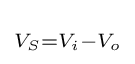
\scriptstyle V_{S}=V_{i}-V_{o}